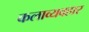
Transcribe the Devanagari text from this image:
कलाव्यवहार